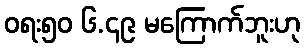
ဝရး၅၀ ၆.၄၉ မကြောက်ဘူးဟု